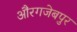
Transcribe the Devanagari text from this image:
औंरगजेबपुर